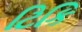
ટિકિ